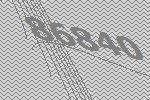
86840